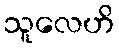
သူလေဟိ